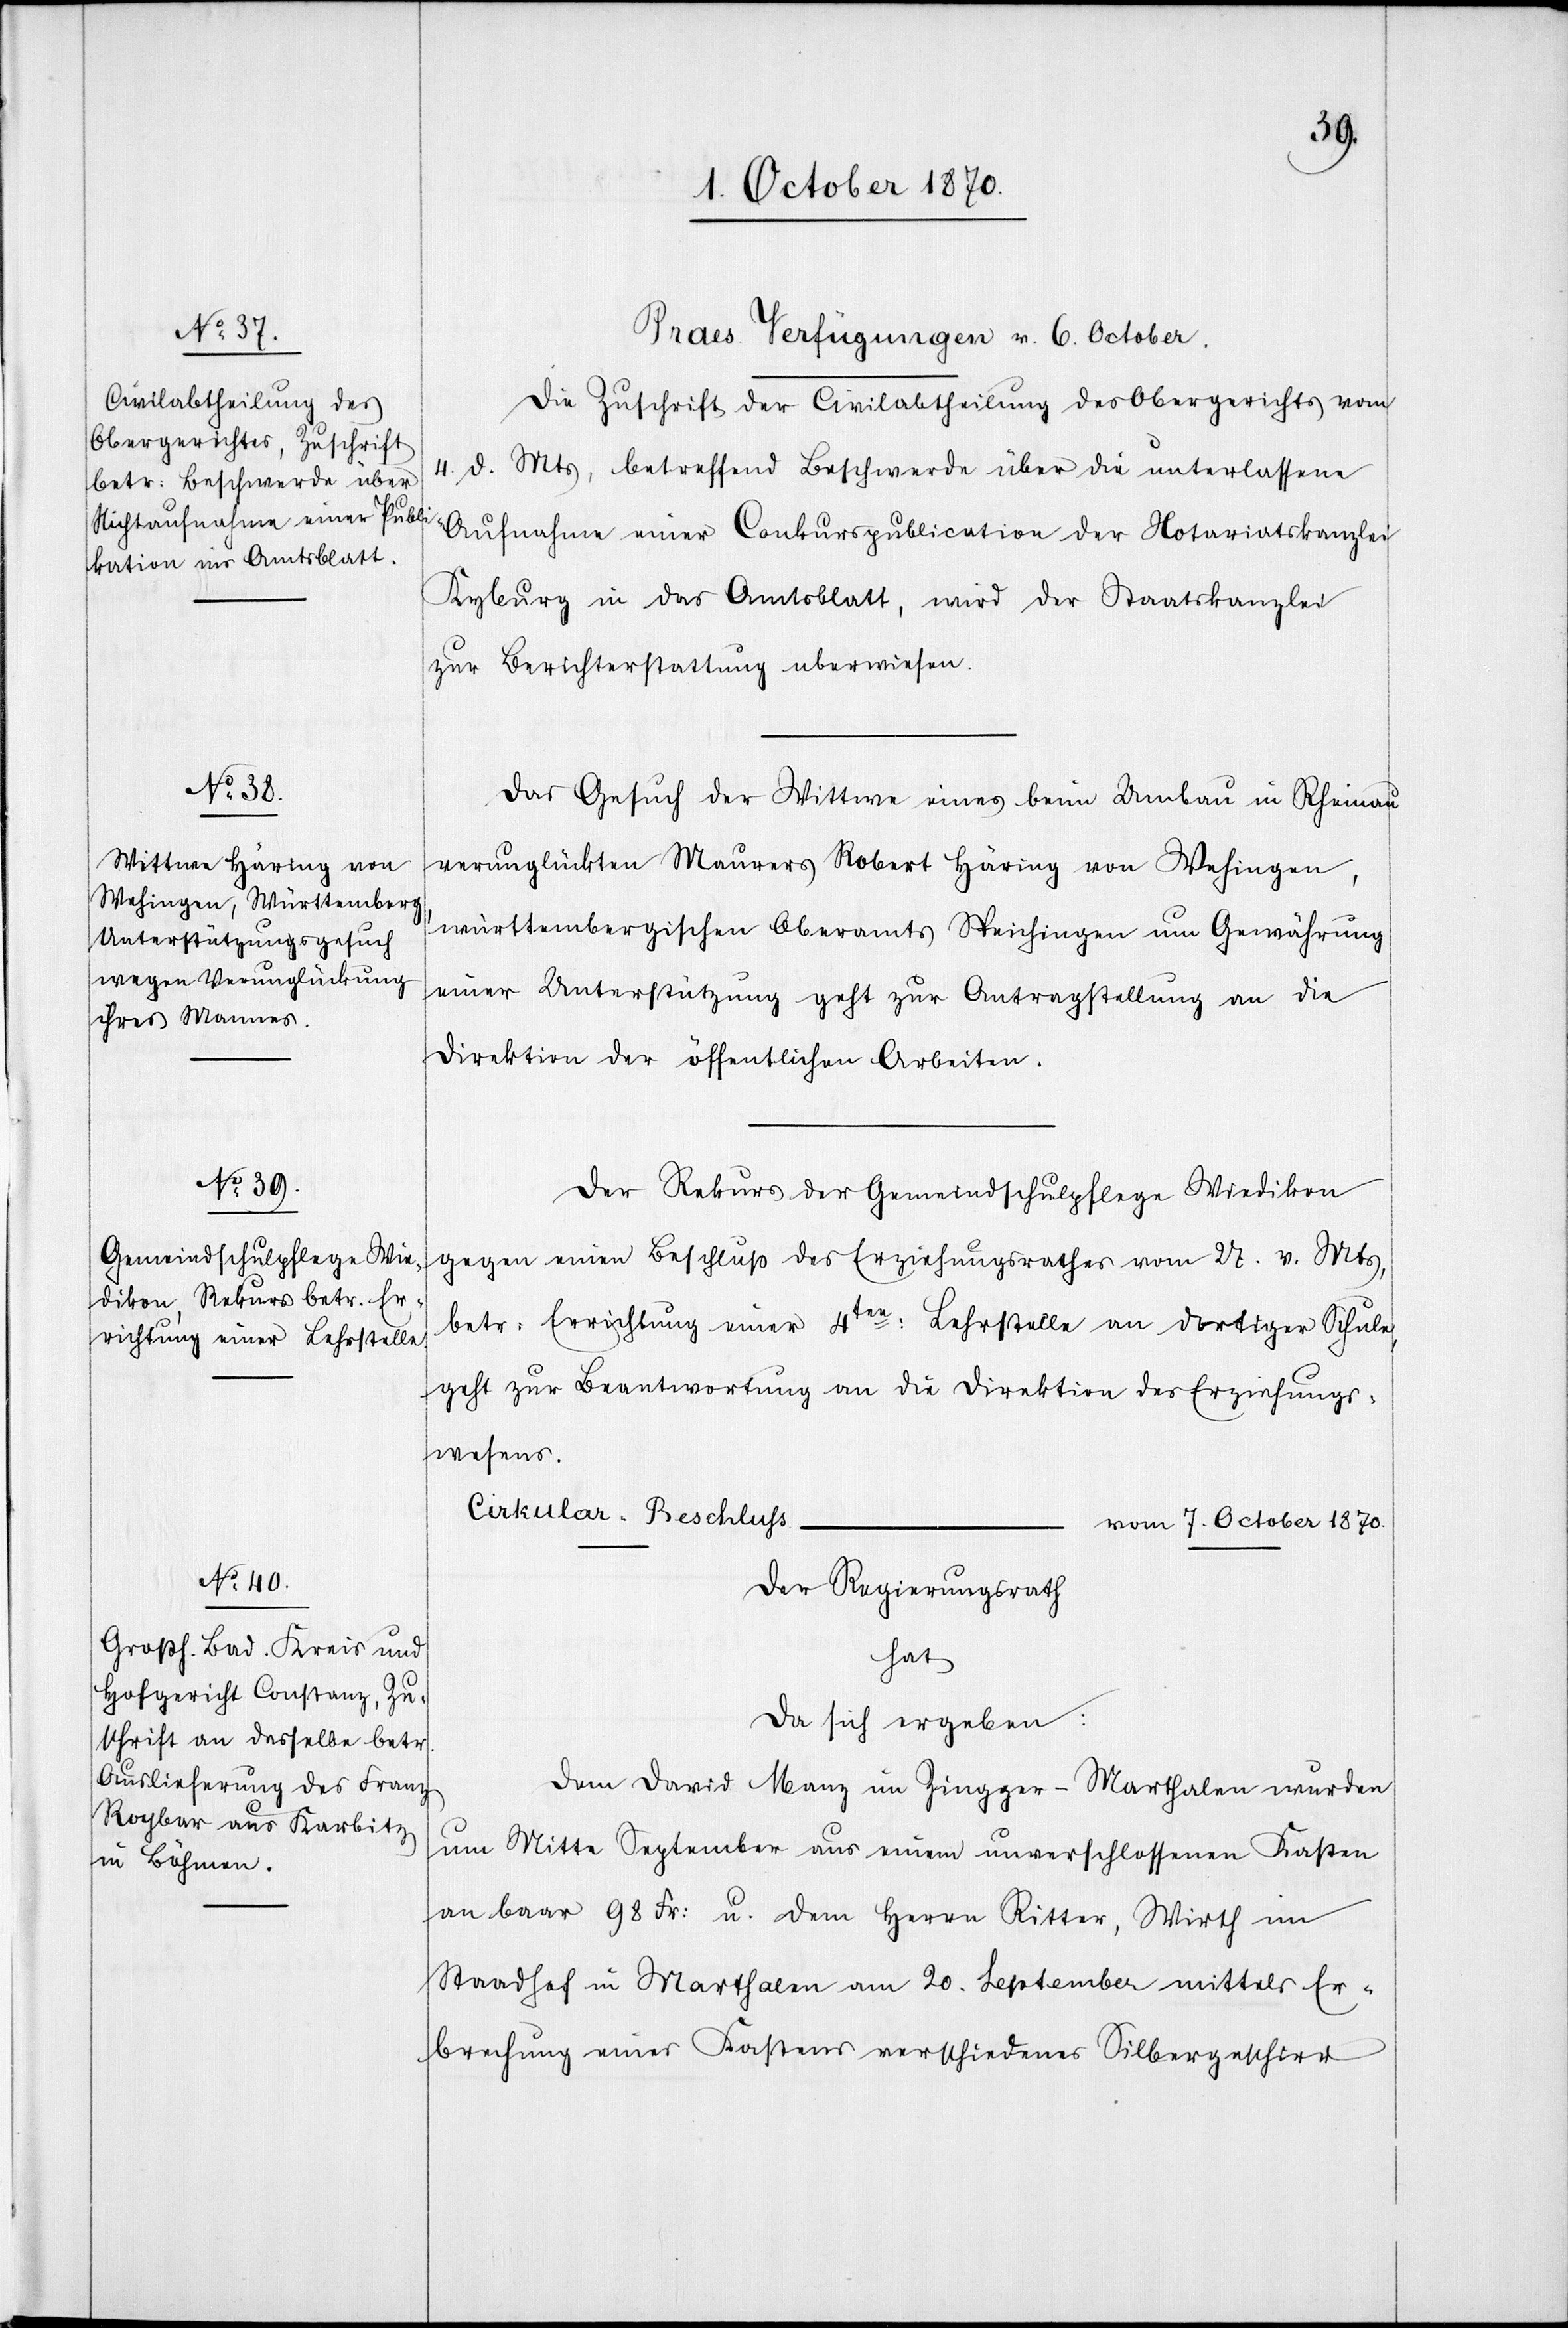
[Praes. Verfügungen v. 6. October.]
Die Zuschrift der Civilabtheilung des Obergerichts vom
4. d. Mts., betreffend Beschwerde über die unterlassene
Aufnahme einer Concurspublication der Notariatskanzlei
Kyburg in das Amtsblatt, wird der Staatskanzlei
zur Berichterstattung überwiesen.
Das Gesuch der Wittwe eines beim Umbau in Rheinau
verunglückten Maurers Robert Häring von Wehingen,
württembergischen Oberamts Weichingen um Gewährung
einer Unterstützung geht zur Antragstellung an die
Direktion der öffentlichen Arbeiten.
Der Rekurs der Gemeindschulpflege Wiedikon
gegen einen Beschluß des Erziehungsrathes vom 27. v. Mts,
betr. Errichtung einer 4ten: Lehrstelle an dortiger Schule
geht zur Beantwortung an die Direktion des Erziehungs¬
wesens.
Cirkular-Beschluss
vom 7. October 1870.
Der Regierungsrath
hat
da sich ergeben:
Dem David Manz in Zinggen - Marthalen wurden
um Mitte September aus einem unverschlossenen Kasten
an baar 98 Fr: u. dem Herren Ritter, Wirth im
Staadhof in Marthalen am 20. September mittels Er¬
brechung eines Kastens verschiedenes Silbergeschirr